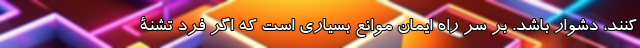
‌کنند، دشوار باشد. بر سر راه ایمان موانع بسیاری است که اگر فردِ تشنۀ